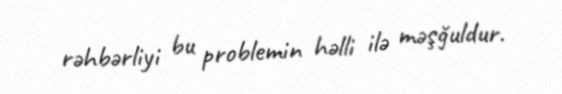
rəhbərliyi bu problemin həlli ilə məşğuldur.